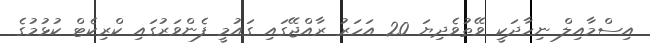
އިސްމާއިލް ނިހާދަކީ ވޭތުވެދިޔަ 20 އަހަރު ރާއްޖޭގައި ގައުމީ ފެންވަރުގައި ކްރިކެޓް ކުޅުމުގެ